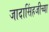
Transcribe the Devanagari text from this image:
जादासिंहजीच्या